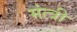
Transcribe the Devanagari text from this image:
मंत्त्री